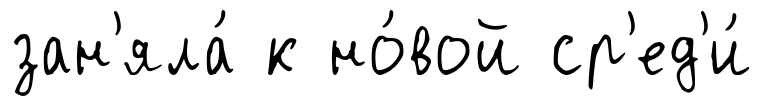
зан'яла́ к но́вой ср'ед'и́